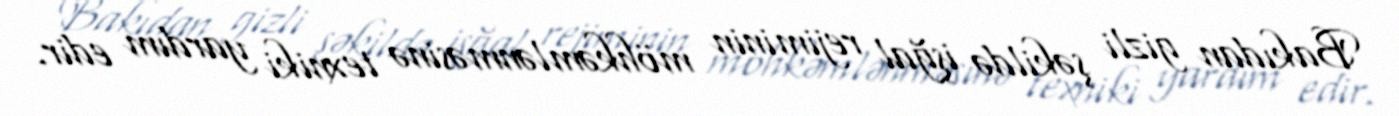
Bakıdan gizli şəkildə işğal rejiminin möhkəmlənməsinə texniki yardım edir.